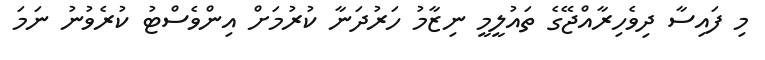
މި ފައިސާ ދިވެހިރާއްޖޭގެ ތައުލީމީ ނިޒާމު ހަރުދަނާ ކުރުމަށް އިންވެސްޓު ކުރެވުނު ނަމަ